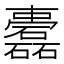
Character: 𥗤